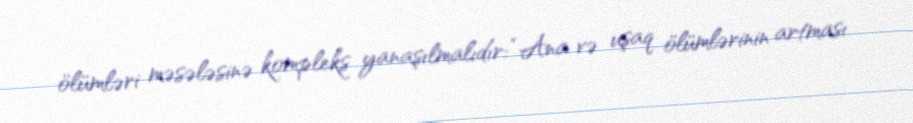
ölümləri məsələsinə kompleks yanaşılmalıdır: “Ana və uşaq ölümlərinin artması